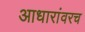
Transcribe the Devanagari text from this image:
आधारांवरच